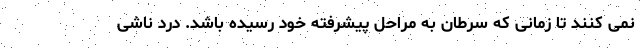
نمی کنند تا زمانی که سرطان به مراحل پیشرفته خود رسیده باشد. درد ناشی